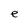
Character: e